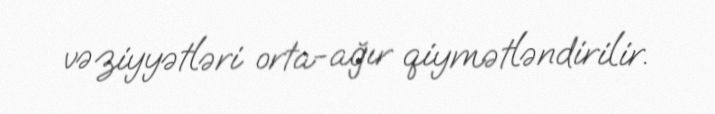
vəziyyətləri orta-ağır qiymətləndirilir.